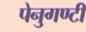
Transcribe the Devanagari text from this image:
पेनुगण्टी